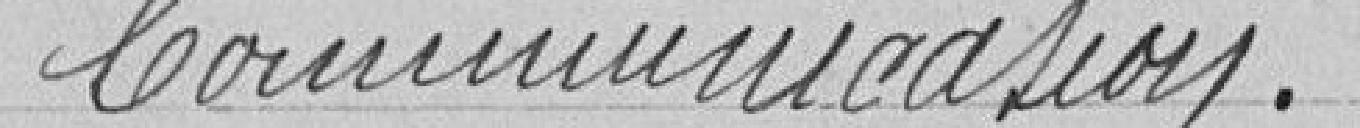
Communication.